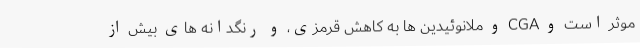
موثر است و CGA و ملانوئیدین ها به کاهش قرمزی، و رنگدانه های بیش از